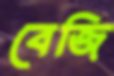
বেজি